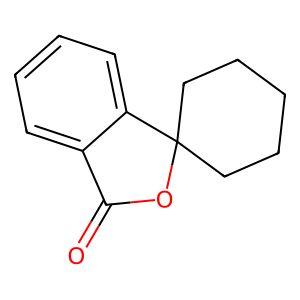
SMILES: O=C1OC2(CCCCC2)c2ccccc21
Inhibits HIV replication: No